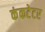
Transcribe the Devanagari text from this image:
कंकटेटर